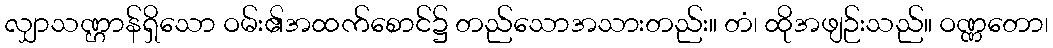
လျှာသဏ္ဌာန်ရှိသော ဝမ်း၏အထက်စောင်၌ တည်သောအသားတည်း။ တံ၊ ထိုအဖျဉ်းသည်။ ဝဏ္ဏတော၊